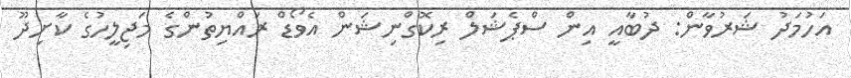
އަހުމަދު ޝަރުވާން: ދުބާއީ އިން ސްޕެޝަލް ރިކޮގްނިޝަން އެވޯޑް ރައްޔިތުންގެ މަޖިލީހުގެ ކާށިދޫ